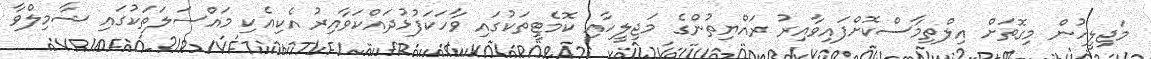
މަޖިލީހުން މިގޮތަށް އިލްތިމާސްކޮށްފައިވާއިރު ރައްޔިތުންގެ މަޖިލީހާއި ކޮމެޓީތަކުގައި ވާހަކަފުޅުދައްކަވާއިރު އެކިއެކި މައްސަލަތަކުގައި ޝާމިލްވާ